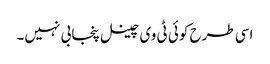
اسی طرح کوئی ٹی وی چینل پنجابی نہیں۔